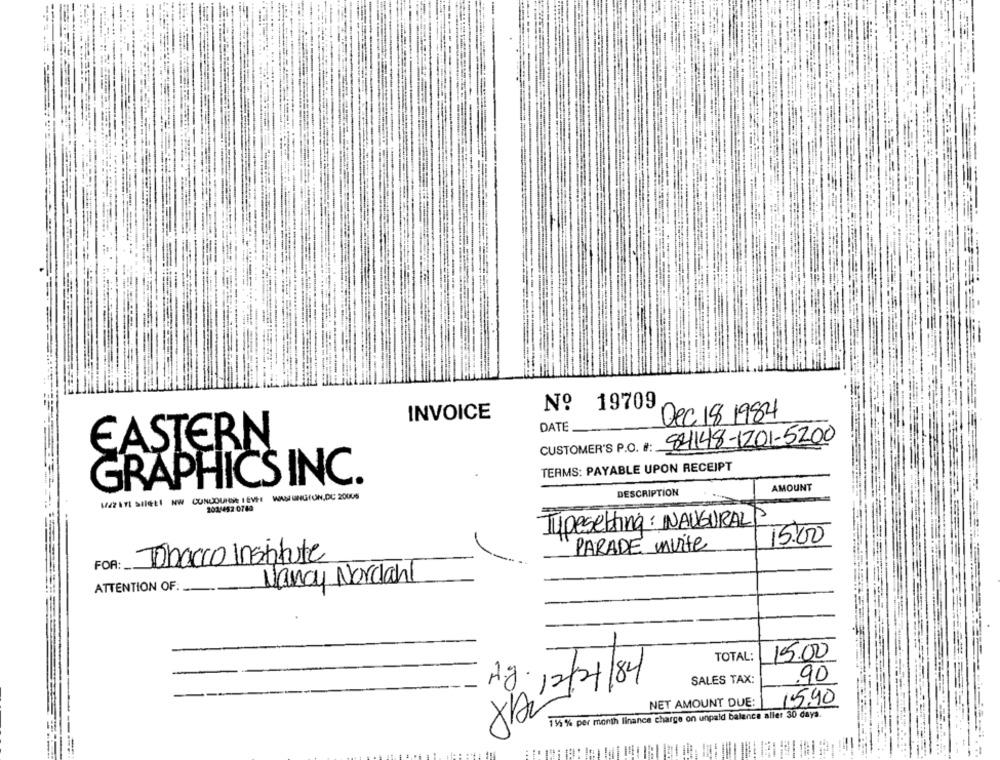
19709
No
INVOICE
Dec 18 1984
DATE
CUSTOMER'S P.O. #: 84148-1201-5200
EASTERN
TERMS: PAYABLE UPON RECEIPT
GRAPHICS INC.
AMOUNT
DESCRIPTION
MAZATL StiGLI NW CUNCOURSE I EVE WASHINGTON,DC 20005
202/452 0743
Typesetting: INAUGURAL
15.00
PARADE Invite
Tobacco Institute
FOR:
Nancy Nordahl
ATTENTION OF:
15.00
TOTAL:
90
Ag 12/21/84
SALES TAX:
15.40
NET AMOUNT DUE:
115 % per month linance charge on unpaid balance aller 30 days.